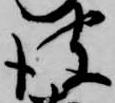
彼